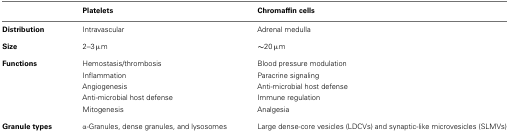
<table><thead><tr><td></td><td><b>Platelets</b></td><td><b>Chromaffin cells</b></td></tr></thead><tbody><tr><td><b>Distribution</b></td><td>Intravascular</td><td>Adrenal medulla</td></tr><tr><td><b>Size</b></td><td>2–3 μm</td><td>∼20 μm</td></tr><tr><td><b>Functions</b></td><td>Hemostasis/thrombosis</td><td>Blood pressure modulation</td></tr><tr><td></td><td>Inflammation</td><td>Paracrine signaling</td></tr><tr><td></td><td>Angiogenesis</td><td>Anti-microbial host defense</td></tr><tr><td></td><td>Anti-microbial host defense</td><td>Immune regulation</td></tr><tr><td></td><td>Mitogenesis</td><td>Analgesia</td></tr><tr><td><b>Granule types</b></td><td>α-Granules, dense granules, and lysosomes</td><td>Large dense-core vesicles (LDCVs) and synaptic-like microvesicles (SLMVs)</td></tr></tbody></table>